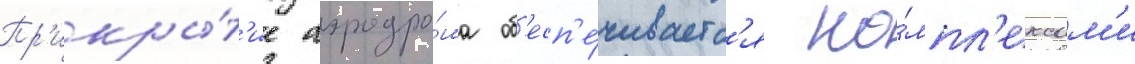
Пр'икры́т'ие аэродро́ма об'есп'е́чиваетс'я ко́мпл'ексам'и